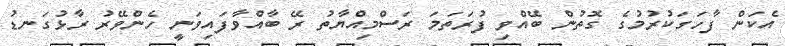
އެކަން ފާހަގަކުރުމުގެ ގޮތުން ބޭއްވި ފުރަތަމަ ރަސްމިއްޔާތު ރޭ ބާއްވާފައިވަނީ ހެންވޭރު ރާޅުގަނޑު